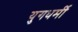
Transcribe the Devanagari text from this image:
युगधर्मी